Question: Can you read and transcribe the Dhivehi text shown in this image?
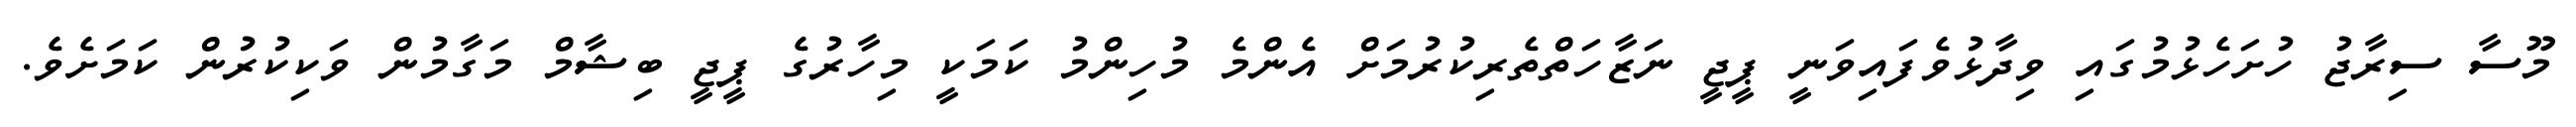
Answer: މޫސާ ސިރާޖު ހުށަހެޅުމުގައި ވިދާޅުވެފައިވަނީ ޕީޖީ ނަޒާހަތްތެރިކުރުމަށް އެންމެ މުހިންމު ކަމަކީ މިހާރުގެ ޕީޖީ ބިޝާމް މަގާމުން ވަކިކުރުން ކަމަށެވެ.